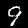
Digit: 9